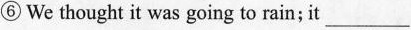
⑥We thought it was going to rain; it ___